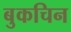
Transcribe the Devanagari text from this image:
बुकचिन